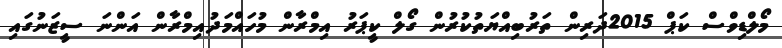
މޯލްޑިވްސް ކަޕް 2015ދަރިން ތަރުބިއްޔަތުކުރުން ގޯލް ކީޕަރު އިމްރާން މުހައްމަދުއިމްރާން އަންނަ ސީޒަނުގައި